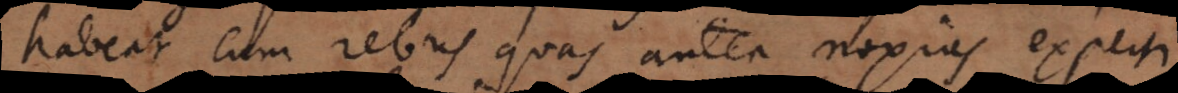
habeat cum rebus quas antea noxias experti